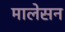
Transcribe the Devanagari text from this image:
मालेसन